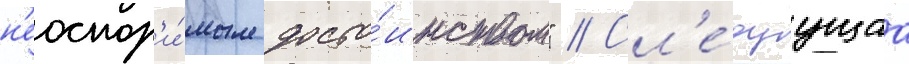
н'еоспор'и́мым досто́инством" // Сл'е́дуущаа